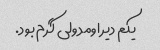
یکم دیر اومد ولی گرم بود.